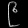
Digit: ၉